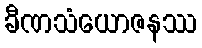
ခီဏသံယောဇနဿ